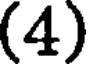
(4)